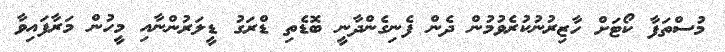
މުސްތަފާ ކޯޓަށް ހާޒިރުނުކުރެވުމުން ދެން ފެނިގެންދާނީ ބޮޑެތި ޑްރަގު ޑީލަރުންނާއި މީހުން މަރާފައިވާ